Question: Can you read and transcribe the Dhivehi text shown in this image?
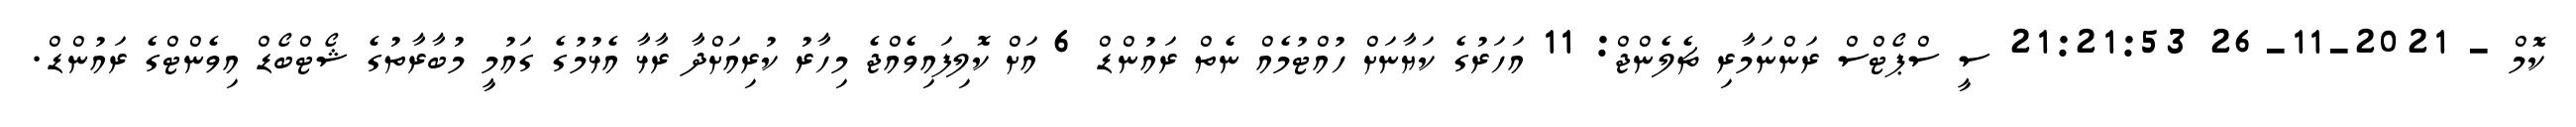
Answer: ކޮމް - 2021-11-26 21:21:53 ސީ ސްޕޯޓްސް ރަންނަމާރި ޗެލެންޖް: 11 އަހަރުގެ ކަޔާނަށް ހުއްޓުމެއް ނެތް ރައުންޑް 6 އަށް ކޮލިފައިވެއްޖެ މިހާރު ކުރިއަށްދާ ރާޅާ އެޅުމުގެ ގައުމީ މުބާރާތުގެ ޝޯޓްބޯޑް އިވެންޓްގެ ރައުންޑް.